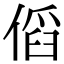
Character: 𠋯